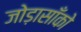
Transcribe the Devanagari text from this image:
जोड़ासाँको